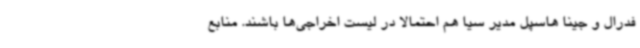
فدرال و جینا هاسپل مدیر سیا هم احتمالا در لیست اخراجی‌ها باشند. منابع